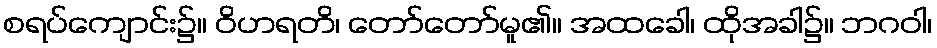
စရပ်ကျောင်း၌။ ဝိဟရတိ၊ တော်တော်မူ၏။ အထခေါ၊ ထိုအခါ၌။ ဘဂဝါ၊